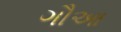
ગૌઆ